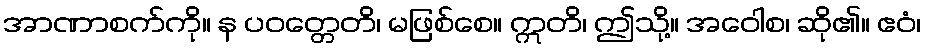
အာဏာစက်ကို။ န ပဝတ္တေတိ၊ မဖြစ်စေ။ ဣတိ၊ ဤသို့။ အဝေါစ၊ ဆို၏။ ဧဝံ၊